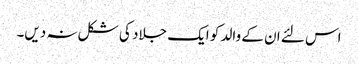
اس لئے ان کے والد کو ایک جلاد کی شکل نہ دیں۔